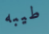
طيبه